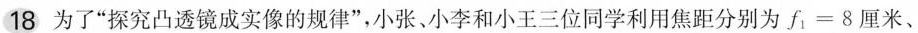
18、为了”探究凸透镜成实像的规律”，小张、小李和小王三位同学利用焦距分别为f_{1}=8厘米、